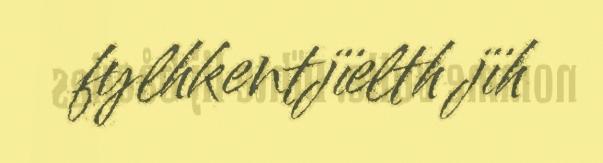
fylhkentjïelth jïh